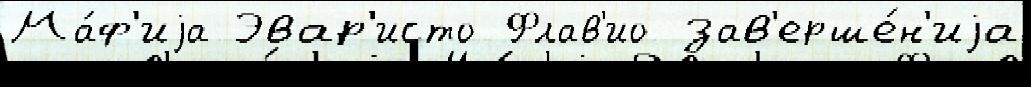
Ма́ф'иjа Эвар'исто Флав'ио зав'ерше́н'иjа